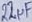
Text: 22µF